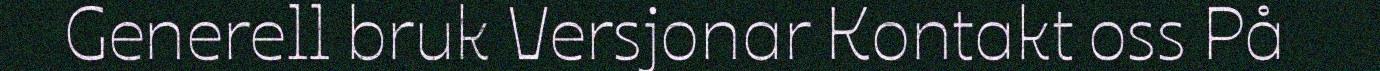
Generell bruk Versjonar Kontakt oss På